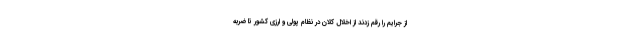
از جرایم را رقم زدند از اخلال کلان در نظام پولی و ارزی کشور تا ضربه